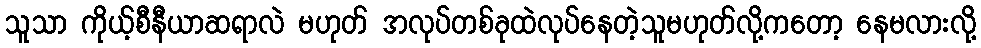
သူသာ ကိုယ့်စီနီယာဆရာလဲ မဟုတ် အလုပ်တစ်ခုထဲလုပ်နေတဲ့သူမဟုတ်လို့ကတော့ နေမလားလို့